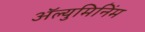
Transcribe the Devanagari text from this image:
ॲल्युमिनिंम